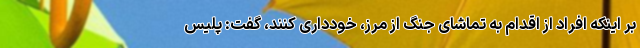
بر اینکه افراد از اقدام به تماشای جنگ از مرز، خودداری کنند، گفت: پلیس